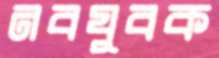
নবযুবক